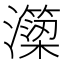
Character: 𭳣